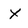
Character: x